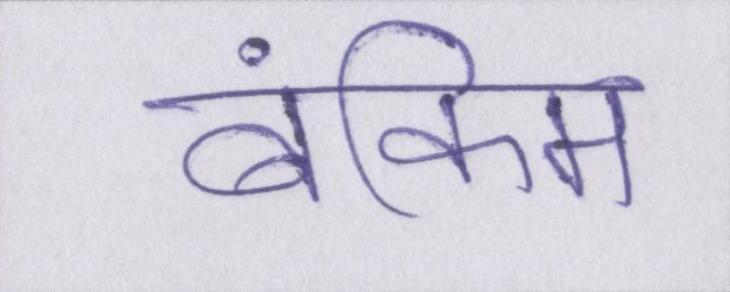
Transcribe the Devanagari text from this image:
बंकिम